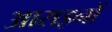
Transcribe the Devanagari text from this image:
आराइनों